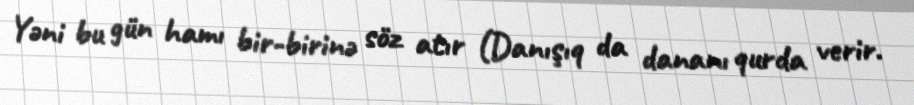
Yəni bu gün hamı bir-birinə söz atır (Danışıq da dananı qurda verir.